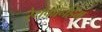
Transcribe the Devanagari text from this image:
रैथफ़ार्नहैम